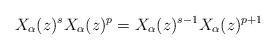
LaTeX: \begin{align*} X_{\alpha}(z)^s X_{\alpha}(z)^p = X_{\alpha}(z)^{s-1} X_{\alpha}(z)^{p+1} \end{align*}